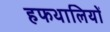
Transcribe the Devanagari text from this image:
हफथालियों